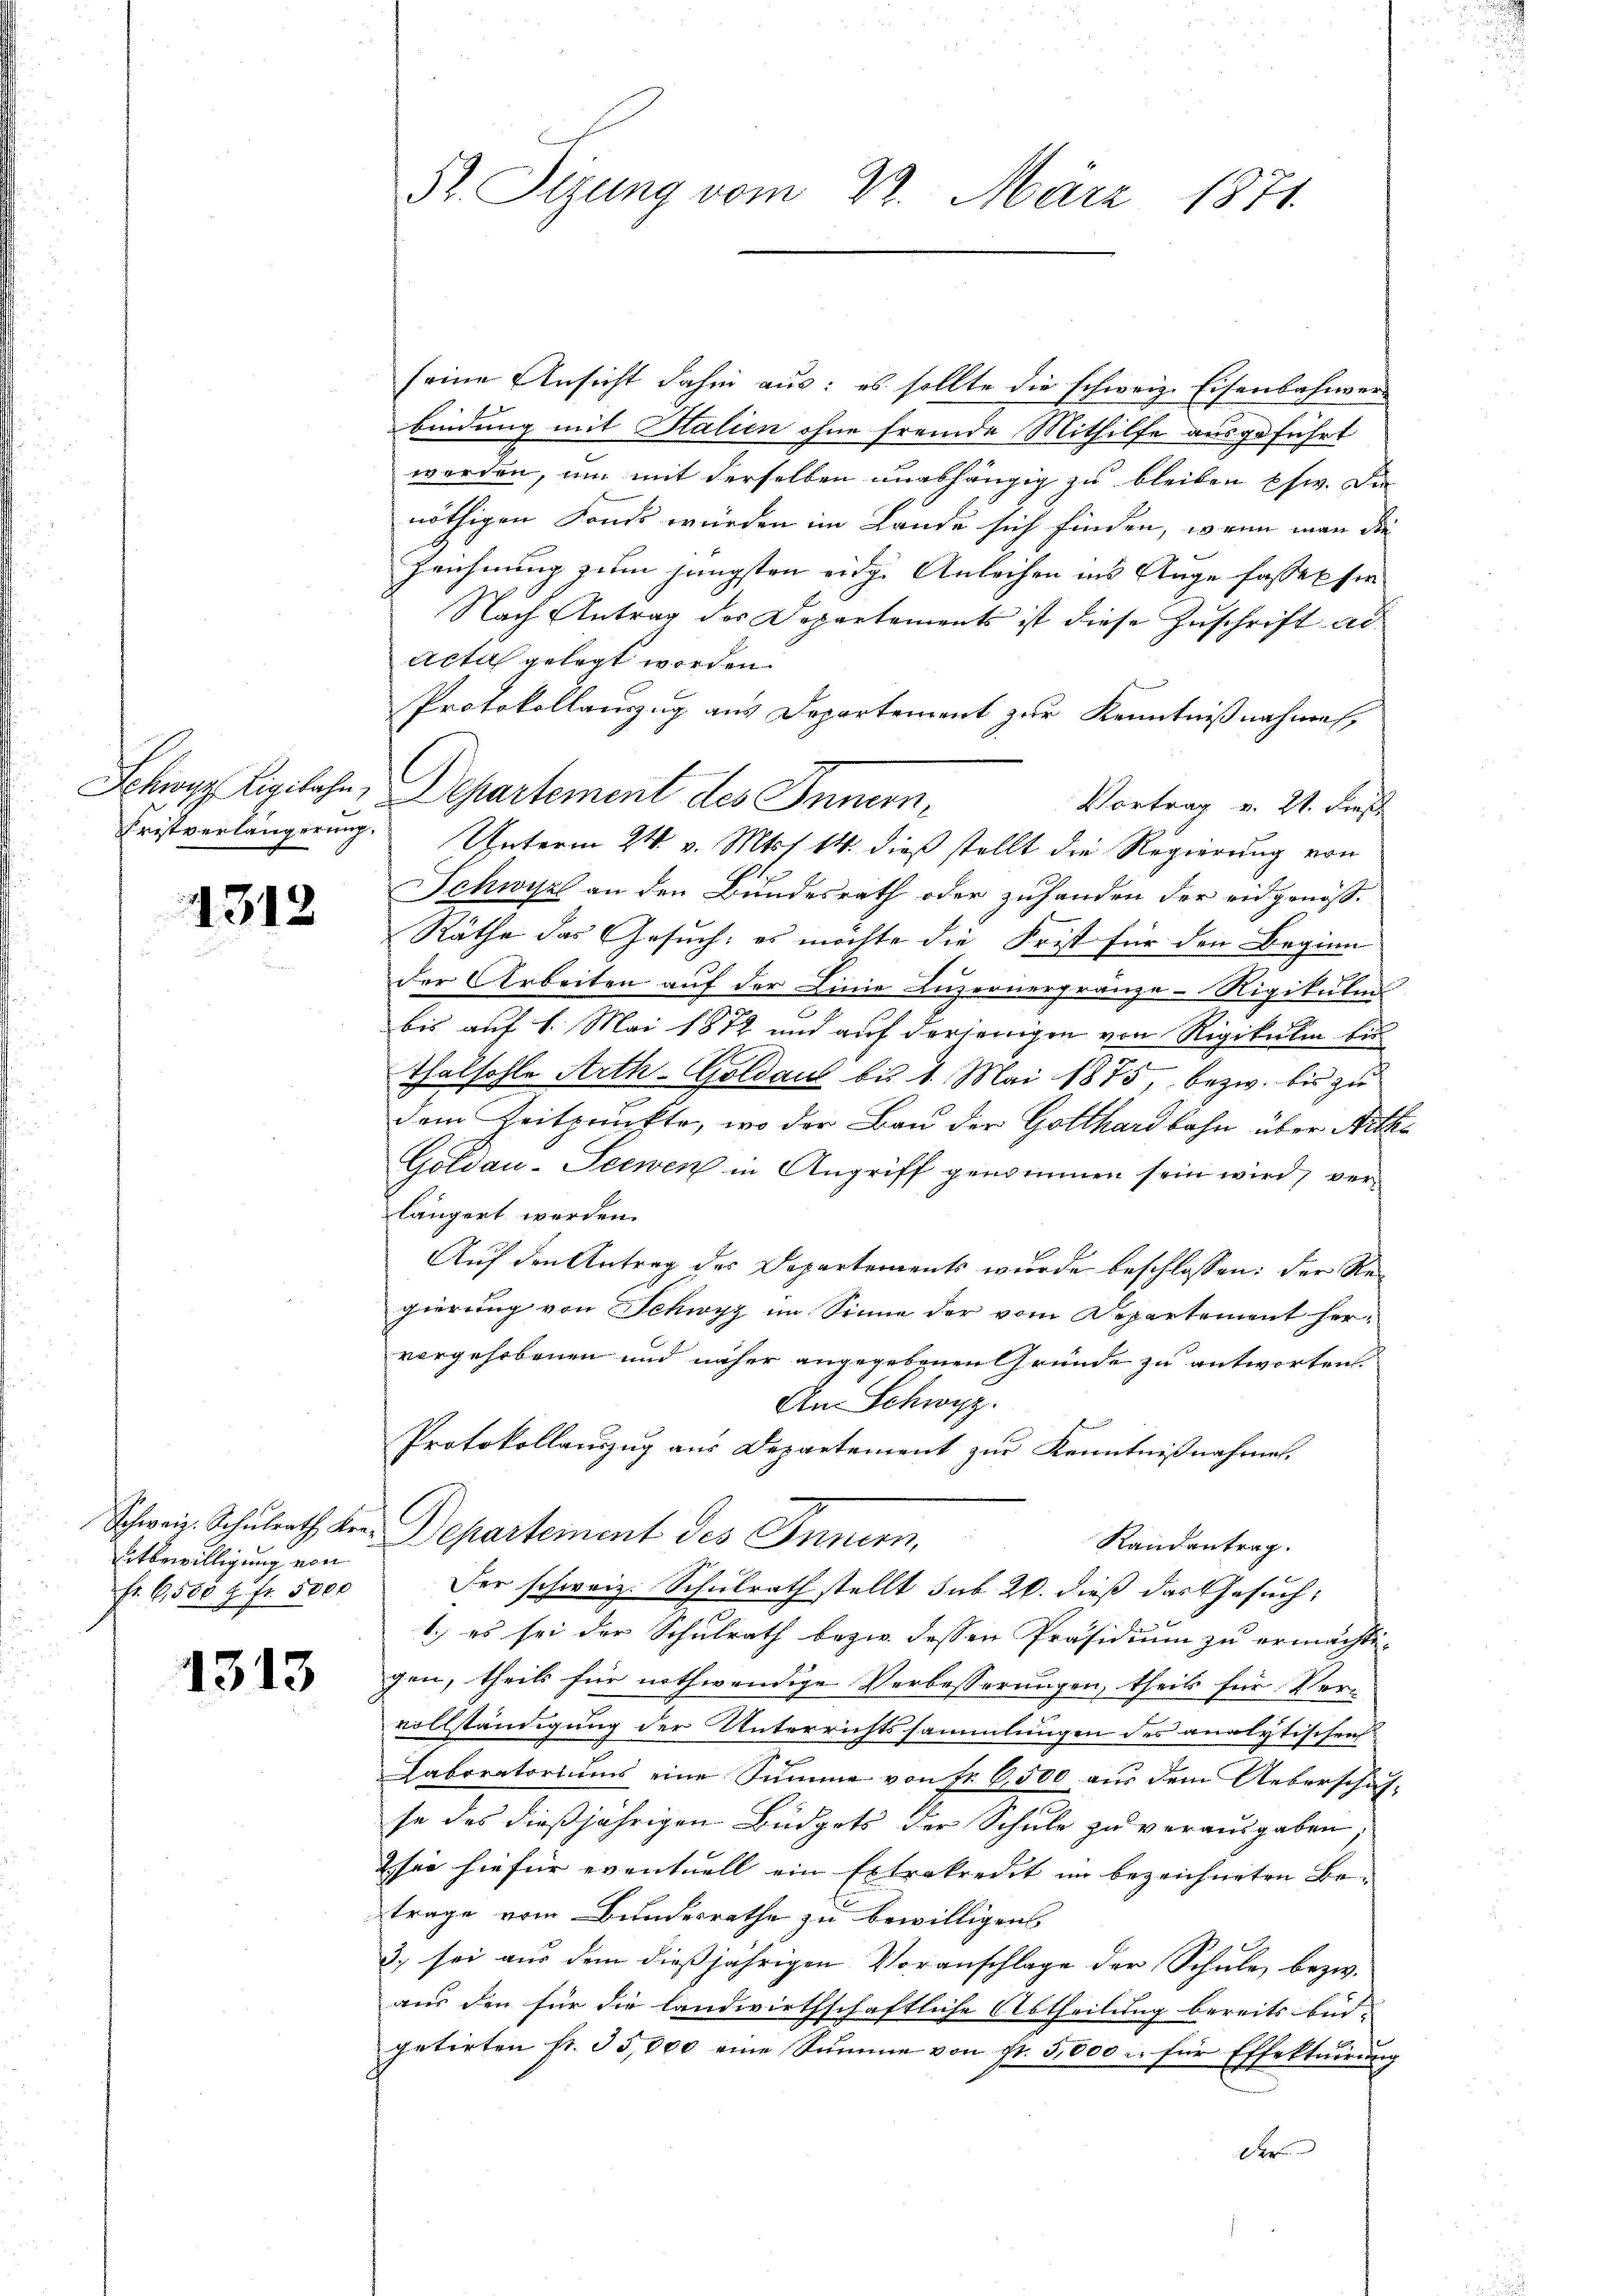
1312

eitbewilligung von
fr. 6,5854 fr. 5000

1313

52. Sitzung vom 22. März 1871

seine Ansicht dahin aus: es sollte die schweiz. Eisenbahnver-
bindung mit Salien ohne fremde Mithilfe ausgeführt
werden, um mit derselben unabhängig zu bleiben usw. Die
nöthigen Fonds würden im Lände sich finden, wenn man die
Zeichnung zum jüngsten eidge Anleihen ins Auge fasse sie
Nach Antrag des Departements ist diese Zuschrift ad
acta gelegt worden.
Protokollauszug aus Departement zur Kenntnißnahmen,
Schwyz Ligilahn, Departement des Innern,
Vortrag v. 21. Dies
Fristverlängerung. Unterm 24. v. Mts. 14. dieß stellt die Regierung von
Schwyz an den Bundesrath oder zuhanden der eidgenöss.
Räthe das Gesuch: es möchte die Frist für den Beginn
der Arbeiten auf der Linie Luzernergränze Rigikular
bis auf 1. Mai 1872 und auf derjenigen von Rigikulm bes
Thalhohle Arth-Goldaus bis 1. Mai 1875, bezw. bis zu
dem Zeitpunkte, wo der Bau der Gotthardbahn über Aethe
Goldau-Seewen in Angriff genommen sein wird, verlängert worden.
Auf den Antrag des Departements wurde beschlossen: der Regierung von Schwyz im Sinne der vom Departement hervorgehobenen und näher angegebenen Gründe zu antworten.
An Schwyz.
Protokollauszug aus Departement zur Kenntnißnahmen.
Schweiz. Schulrath der Departement des Innern,
Randantrag.
Der schweiz. Schulrath stellt sub. 20. dieß das Gesuch¬
1.) es sei der Schulrath bezie dessen Präsidium zu ermächti-
gen, theils für nothwendige Verbesserungen, theils für Vervollständigung der Unterrichtssammlungen des analytischen
Laboratoriums eine Summe von Fr. 6,500 aus dem Ueberschaf-
se des dießjährigen Büdgets der Schule zu verausgaben.
2 sie hiefür eventuell ein Extrakredit im bezeichneten Be-
trage vom Bundesrathe zu bewilligens
3. sei aus dem dießjährigen Voranschlage der Schule bezw.
aus den für die landwirthschaftliche Abtheilung bereits bei.
petirten fr. 35,000 eine Summe von fr. 5,000 u. für Effektŭirŭng
der